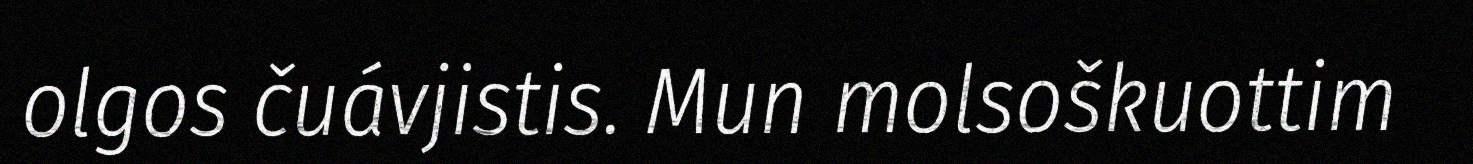
olgos čuávjistis. Mun molsoškuottim